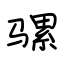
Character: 骡